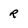
Character: R